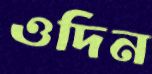
ওদিন